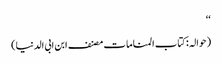
‘‘
(حوالہ :کتاب المناما ت مصنف ابن ابی الدنیا)